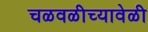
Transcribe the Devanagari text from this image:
चळवळीच्यावेळी